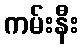
ကမ်းနီး